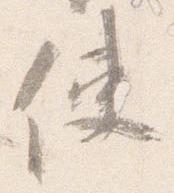
使